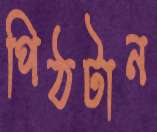
পিঠটান